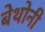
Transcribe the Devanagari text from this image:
बेथोनी